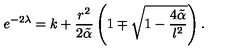
e ^ { - 2 \lambda } = k + \frac { r ^ { 2 } } { 2 \tilde { \alpha } } \left( 1 \mp \sqrt { 1 - \frac { 4 \tilde { \alpha } } { l ^ { 2 } } } \right) .